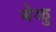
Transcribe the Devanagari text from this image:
बेळु